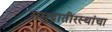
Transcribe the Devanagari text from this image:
समुद्रातीरस्थांचा